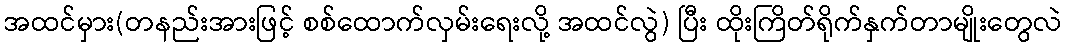
အထင်မှား(တနည်းအားဖြင့် စစ်ထောက်လှမ်းရေးလို့ အထင်လွဲ) ပြီး ထိုးကြိတ်ရိုက်နှက်တာမျိုးတွေလဲ